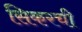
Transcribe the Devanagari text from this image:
सिकरची